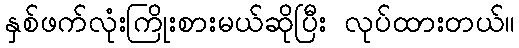
နှစ်ဖက်လုံးကြိုးစားမယ်ဆိုပြီး လုပ်ထားတယ်။